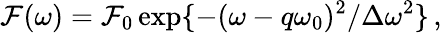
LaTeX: \mathcal{F}(\omega)=\mathcal{F}_{0}\exp\{ -(\omega-q\omega_{0})^{2}/\Delta\omega^{2}\} \, ,